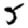
Digit: 5